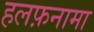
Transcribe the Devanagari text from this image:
हलफ़नामा